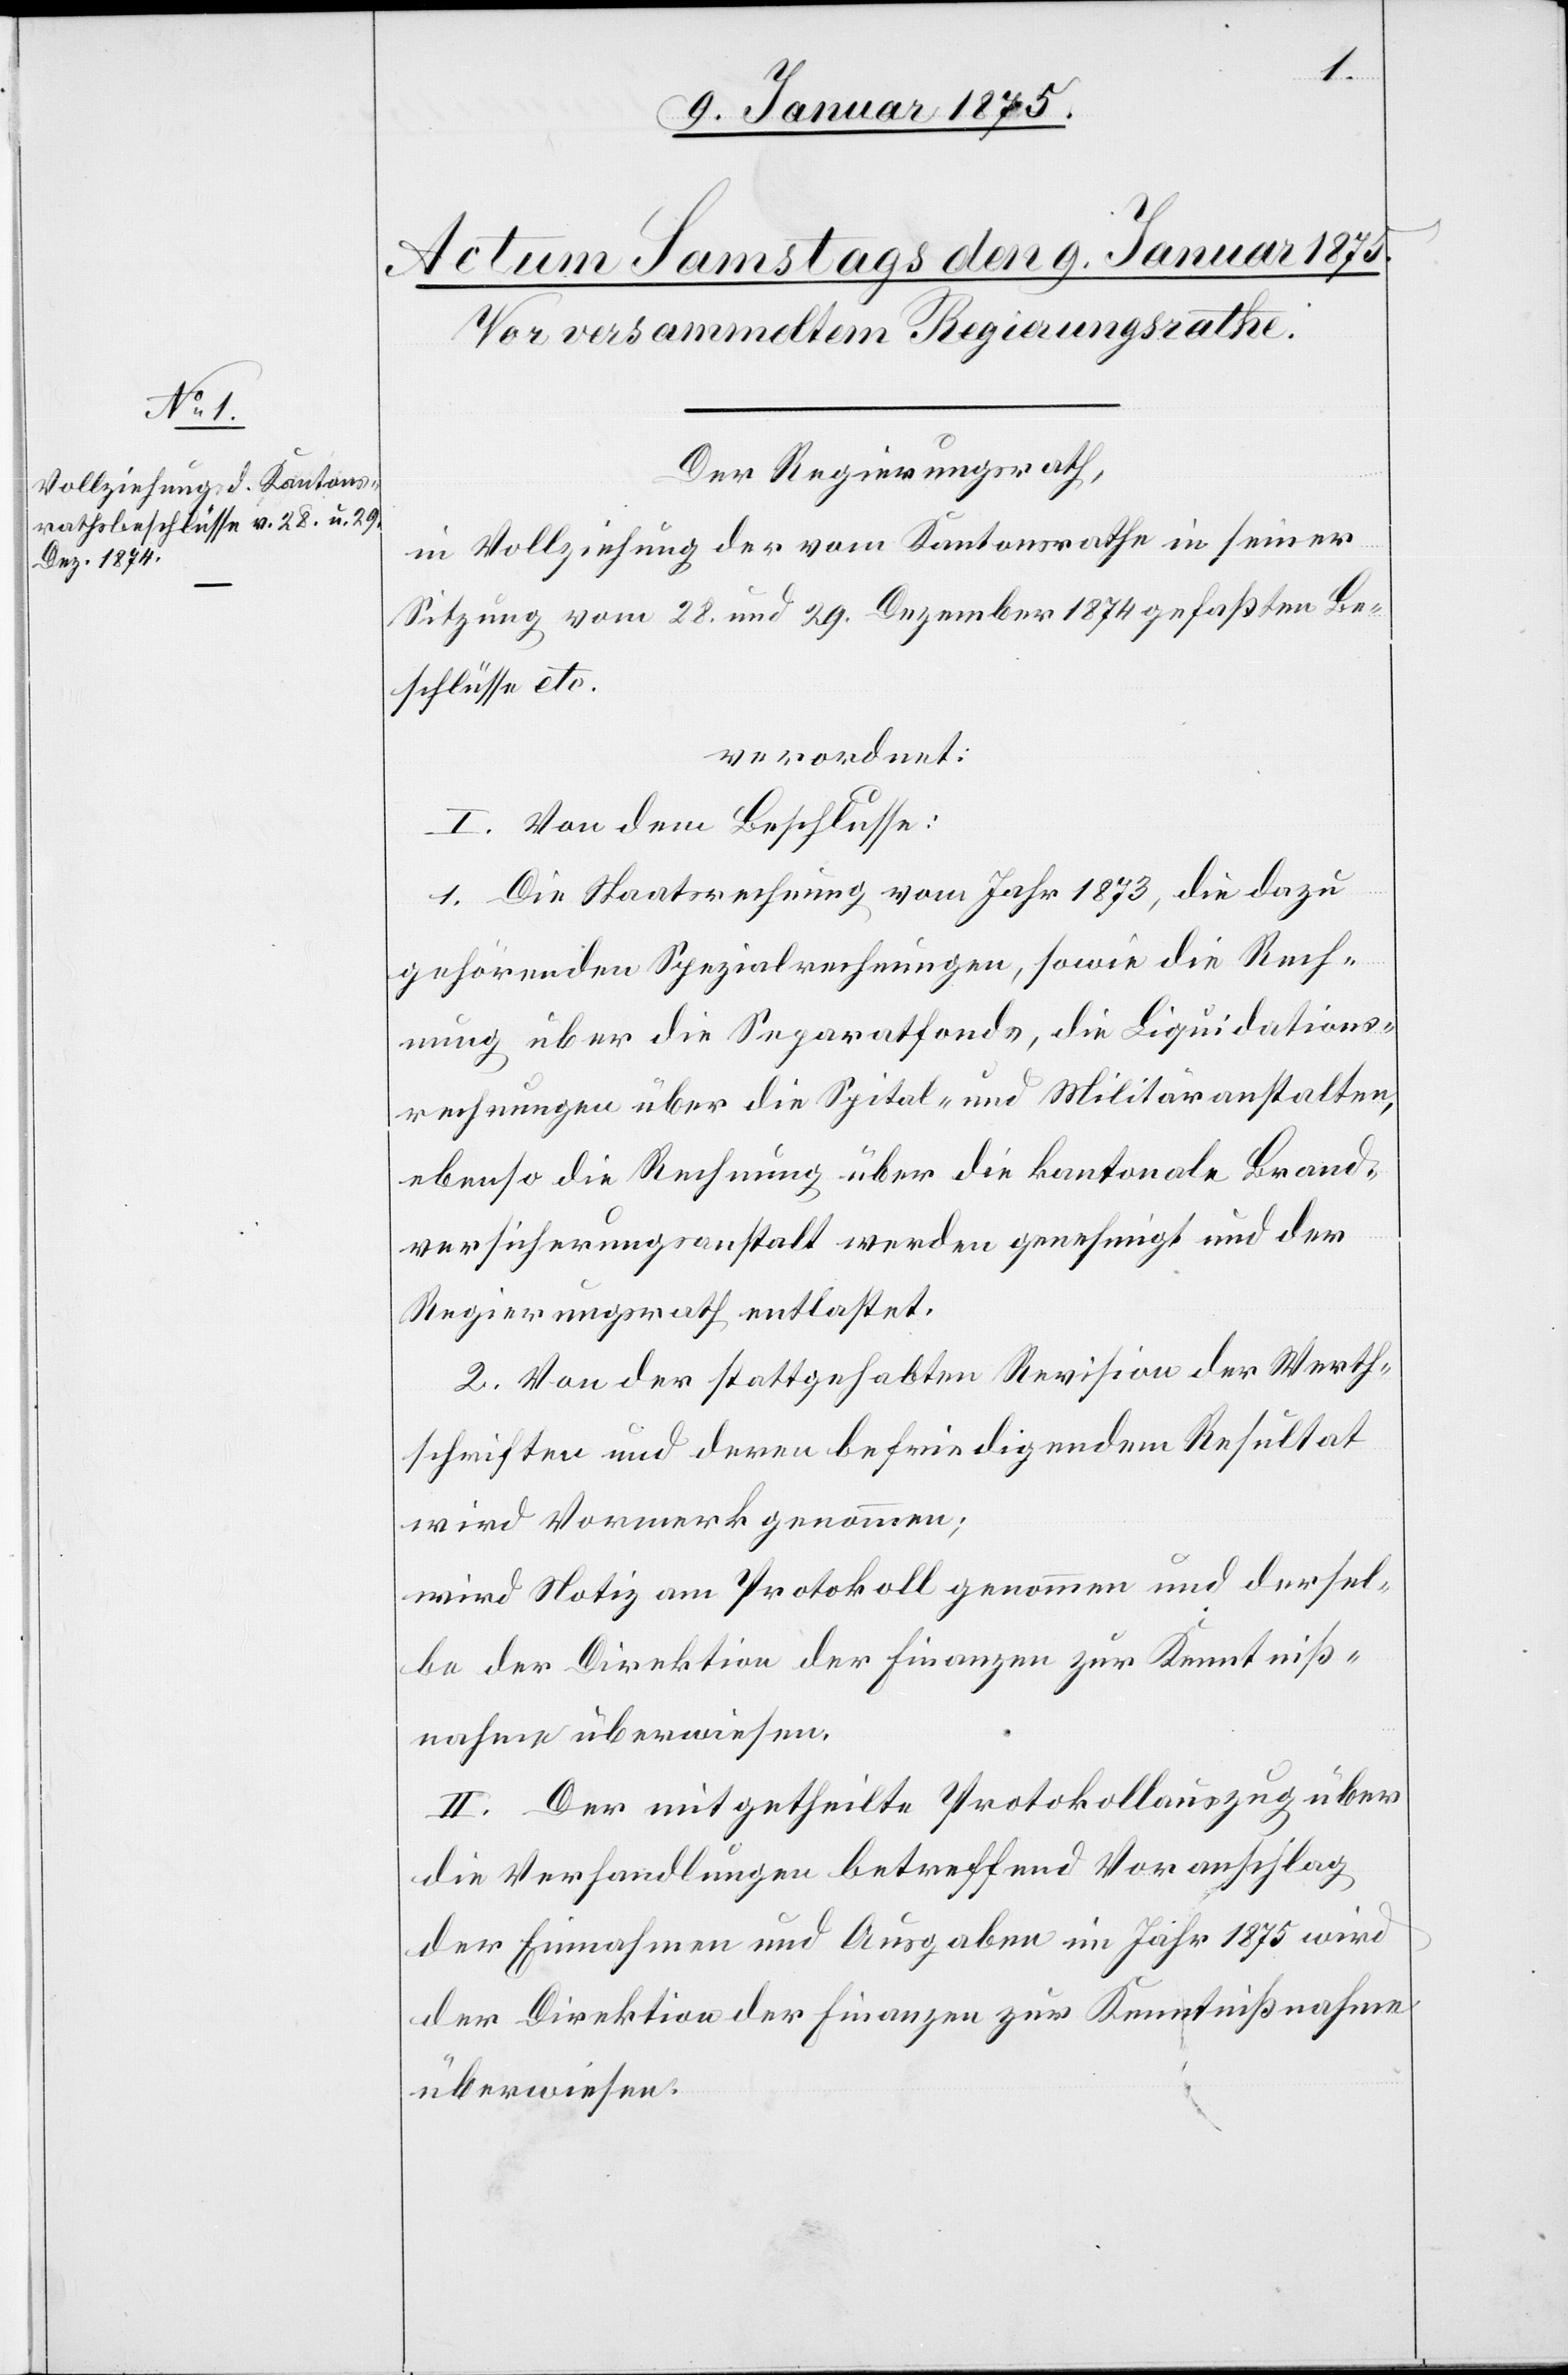
Der Regierungsrath,
in Vollziehung der vom Kantonsrathe in seiner
Sitzung vom 28. und 29. Dezember 1874 gefaßten Be¬
schlüsse etc.
verordnet:
I. Von dem Beschlusse:
1. Die Staatsrechnung vom Jahr 1873, die dazu
gehörenden Spezialrechnungen, sowie die Rech¬
nung über die Separatfonds, die Liquidations¬
rechnungen über die Spital- und Militäranstalten,
ebenso die Rechnung über die kantonale Brand¬
versicherungsanstalt werden genehmigt und dem
Regierungsrathe entlastet.
2. Von der stattgehabten Revision der Werth¬
schriften und deren befriedigendem Resultat
wird Vormerk genommen;
wird Notiz am Protokoll genommen und dassel¬
be der Direktion der Finanzen zur Kenntniß¬
nahme überwiesen.
II. Der mitgetheilte Protokollauszug über
die Verhandlungen betreffend Voranschlag
der Einnahmen und Ausgaben im Jahr 1875 wird
der Direktion der Finanzen zur Kenntnißnahme
überwiesen.